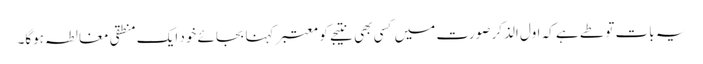
یہ بات تو طے ہے کہ اول الذکر صورت میں کسی بھی نتیجے کو معتبر کہنا بجائے خود ایک منطقی مغالطہ ہوگا۔